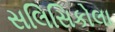
સલિસિકોલા